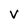
Character: V